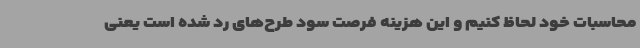
محاسبات خود لحاظ کنیم و این هزینه فرصت سود طرح‌های رد شده است یعنی